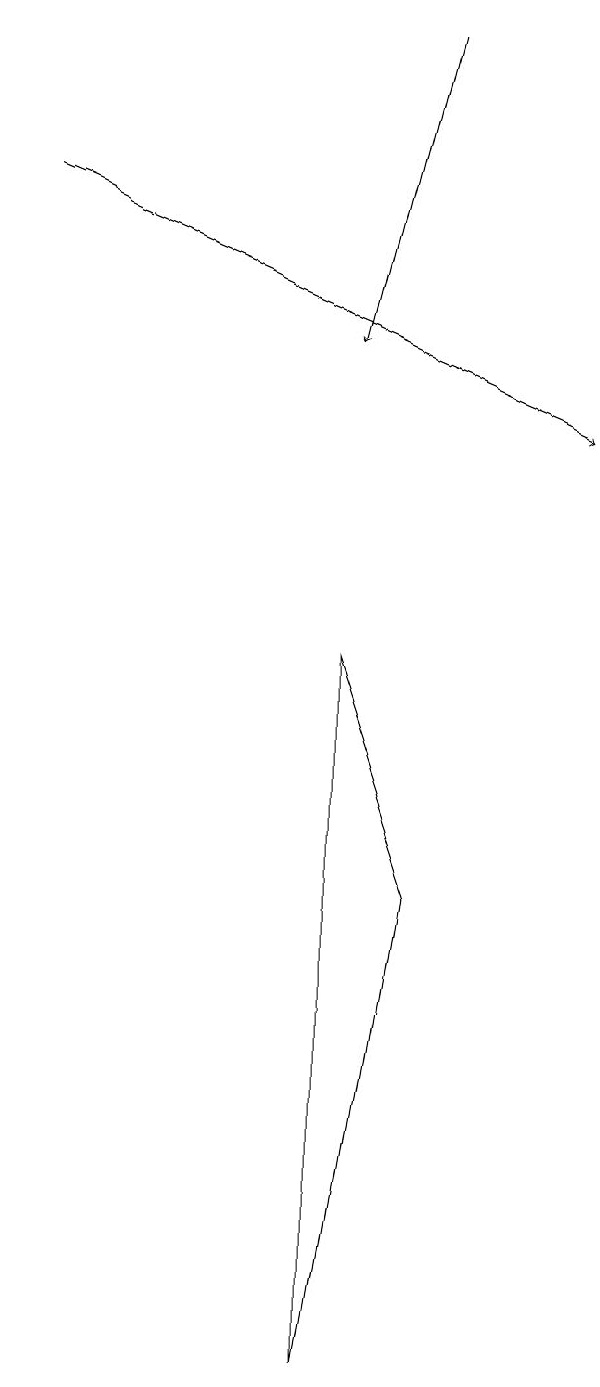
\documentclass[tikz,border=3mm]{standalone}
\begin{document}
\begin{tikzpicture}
\draw[->] (6,17) -- (5,13);
\draw[->] (1,15) -- (8,12);
\draw (6,6) -- (5,0) -- (5,9) -- cycle;
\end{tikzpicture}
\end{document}